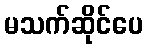
မသက်ဆိုင်ပေ